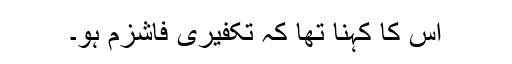
اس کا کہنا تھا کہ تکفیری فاشزم ہو۔